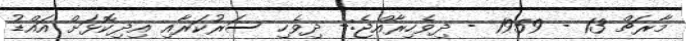
މާރޗް 13 - 1959 - ދިވެހިރާއްޖެ:- ދިވެހި ސަރުކަރާއި އިދިކޮޅަށް އައްޑު